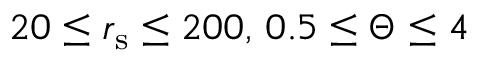
2 0 \leq { r } _ { \mathrm { s } } \leq 2 0 0 , \, 0 . 5 \leq \Theta \leq { 4 }